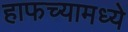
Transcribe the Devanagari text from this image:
हाफच्यामध्ये